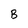
Character: B